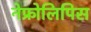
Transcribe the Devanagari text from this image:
नेफ्रोलिपिस